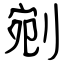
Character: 剜